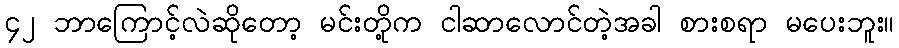
၄၂ ဘာကြောင့်လဲဆိုတော့ မင်းတို့က ငါဆာလောင်တဲ့အခါ စားစရာ မပေးဘူး။